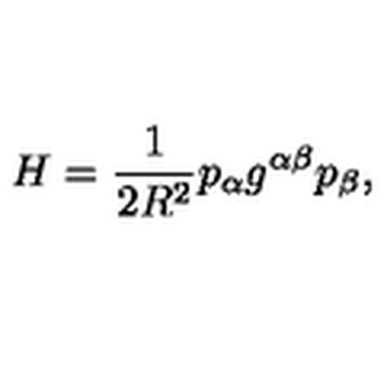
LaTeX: H = \frac { 1 } { 2 R ^ { 2 } } p _ { \alpha } g ^ { \alpha \beta } p _ { \beta } ,